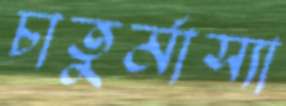
চাতুর্মাস্যা